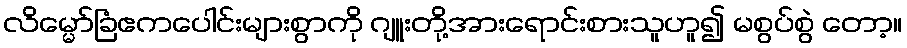
လိမ္မော်ခြံဧကပေါင်းများစွာကို ဂျူးတို့အားရောင်းစားသူဟူ၍ မစွပ်စွဲ တော့။